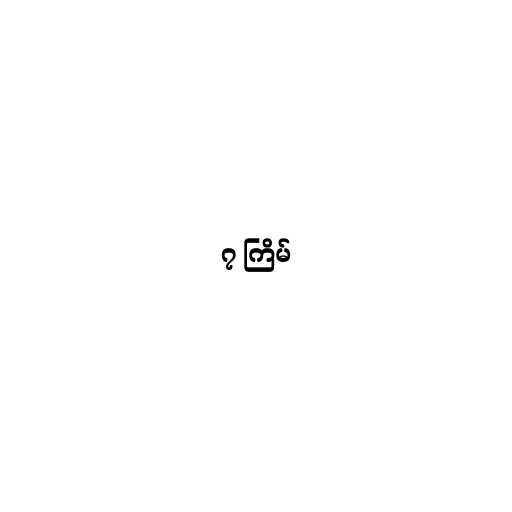
၇ ကြိမ်